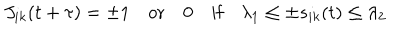
J _ { i k } ( t + \tau ) = \pm 1 \quad \mathrm { o r } \quad 0 \quad \mathrm { i f } \quad \lambda _ { 1 } \leq \pm s _ { i k } ( t ) \leq \lambda _ { 2 }